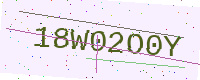
Text: 18W02O0Y